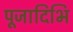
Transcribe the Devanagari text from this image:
पूजादिभि